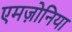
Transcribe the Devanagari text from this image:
एमज़ोनिया